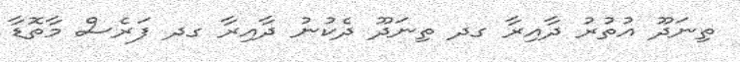
ތިނަދޫ އުތުރު ދާއިރާ ގދ ތިނަދޫ ދެކުނު ދާއިރާ ގދ ފަރެސް މާތޮޑާ